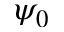
\psi _ { 0 }